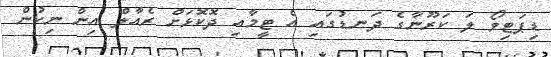
ޑިޕަޓިވޯ ލަ ކަރޫނާގެ ދަނޑުގައި އެ ޓީމާއި ދޮކޮޅަށް ރެއާލް އިން ނިކުން